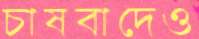
চাষবাদেও